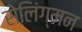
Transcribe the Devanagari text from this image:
सेलिंग्मन